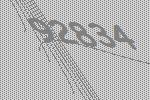
92834